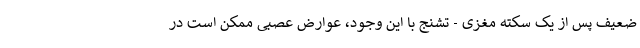
ضعیف پس از یک سکته مغزی - تشنج با این وجود، عوارض عصبی ممکن است در